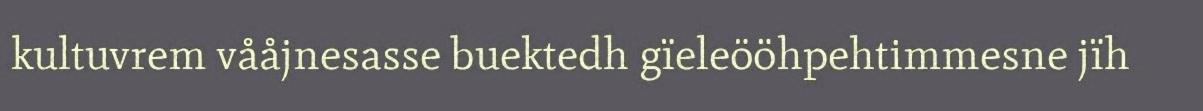
kultuvrem vååjnesasse buektedh gïeleööhpehtimmesne jïh